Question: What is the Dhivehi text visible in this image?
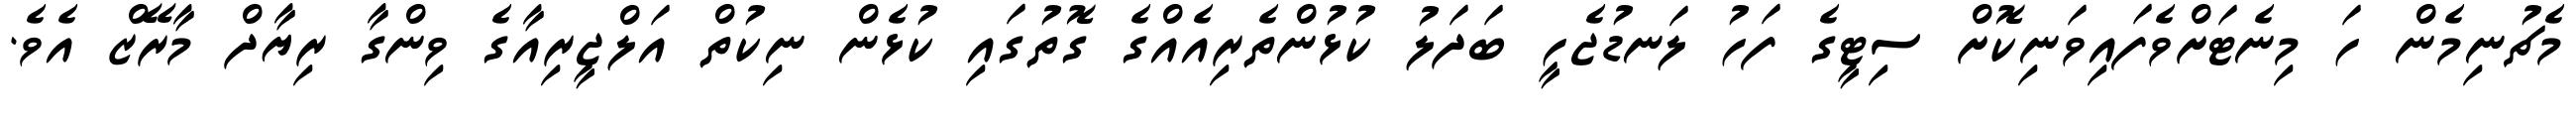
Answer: މެޗުނިމެން ހަ މިނެޓަށްވެފައިވަނިކޮށް ސިޓީގެ ފަހު ލަނޑުޖެހީ ބަދަލު ކުޅުންތެރިއެއްގެ ގޮތުގައި ކުޅެން ނިކުތް އަލްޖީރިއާގެ ވިންގާ ރިޔާދް މާރޭޒް އެވެ.